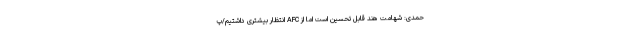
حمدی:‌ شهامت هند قابل تحسین است اما از AFC انتظار بیشتری داشتیم/پ